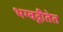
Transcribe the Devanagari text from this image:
भग्वद्गीतेत